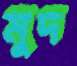
মুদ